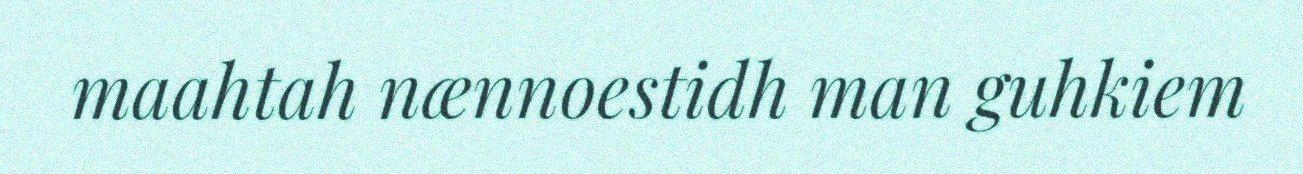
maahtah nænnoestidh man guhkiem